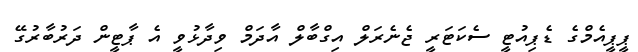
ޕީޕީއެމްގެ ޑެޕިއުޓީ ސެކަޓަރީ ޖެނެރަލް އިގްބާލް އާދަމް ވިދާޅުވީ އެ ޕާޓީން ދަރުބާރުގޭ